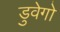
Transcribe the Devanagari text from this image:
डुवेगो